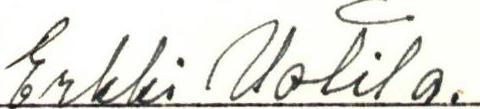
Erkki Uotila.